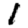
Digit: 1